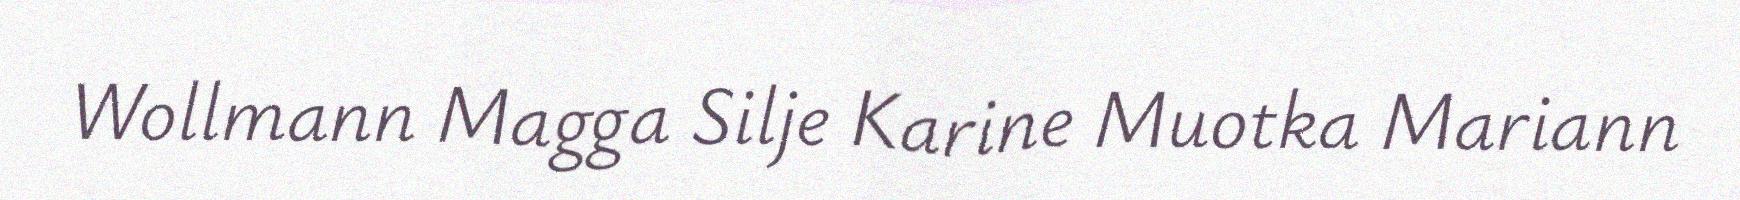
Wollmann Magga Silje Karine Muotka Mariann